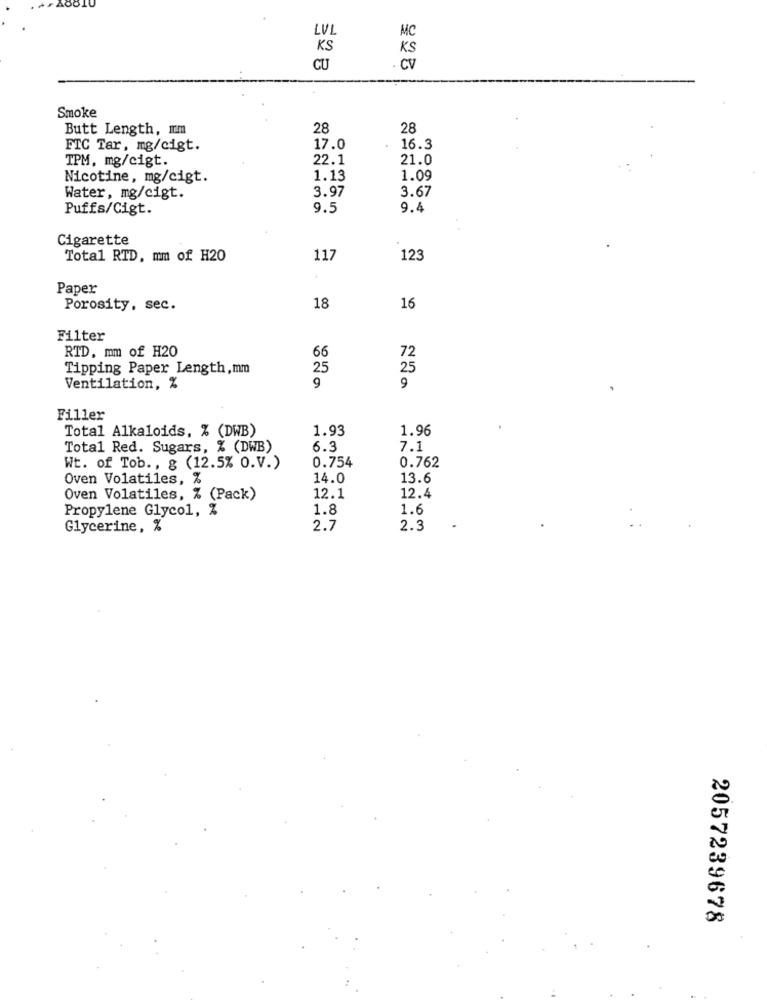
MC
LVL
KS
KS
CU
. CV
Smoke
Butt Length, Im
28
28
FIC Tar, mg/cigt.
17.0
16.3
TPM, mg/cigt.
22.1
21.0
Nicotine, mg/cigt.
1.13
1.09
3.67
Water, mg/cigt.
3.97
Puffs/Cigt.
9.5
9.4
Cigarette
Total RTD. mm of H20
117
123
Paper
Porosity, sec.
18
16
Filter
RTD, mm of H20
66
72
Tipping Paper Length,mm
25
25
9
Ventilation, %
9
Filler
Total Alkaloids, % (DWB)
1.93
1.96
Total Red. Sugars, % (DWB)
6.3
7.1
0.754
0.762
Wt. of Tob ., g (12.5% O.V.)
Oven Volatiles, %
14.0
13.6
12.4
Oven Volatiles, % (Pack)
12.1
Propylene Glycol, %
1.8
1.6
Glycerine, %
2.7
2.3
2057239678